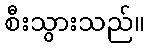
စီးသွားသည်။